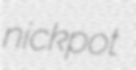
nickpot